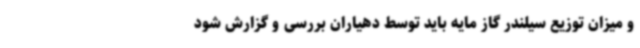
و میزان توزیع سیلندر گاز مایه باید توسط دهیاران بررسی و گزارش شود